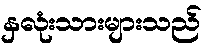
နှလုံးသားများသည်